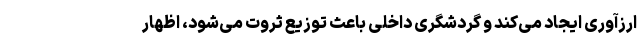
ارزآوری ایجاد می‌کند و گردشگری داخلی باعث توزیع ثروت می‌شود، اظهار